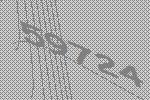
59724